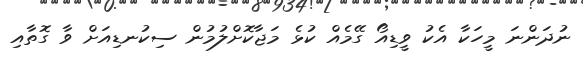
ނުދަންނަ މީހަކާ އެކު ވީޑިއޯ ގޭމެއް ކުޅެ މަޖާކޮށްލުމުން ސިކުނޑިއަށް ވާ ގޮތާއި